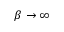
\beta \to \infty